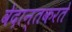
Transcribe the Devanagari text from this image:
वेदान्तकरते